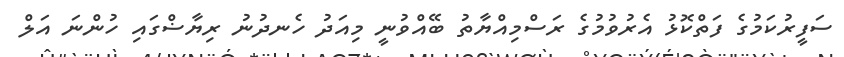
ސަފީރުކަމުގެ ފަތްކޮޅު އެރުވުމުގެ ރަސްމިއްޔާތު ބޭއްވުނީ މިއަދު ހެނދުނު ރިޔާޟްގައި ހުންނަ އަލް